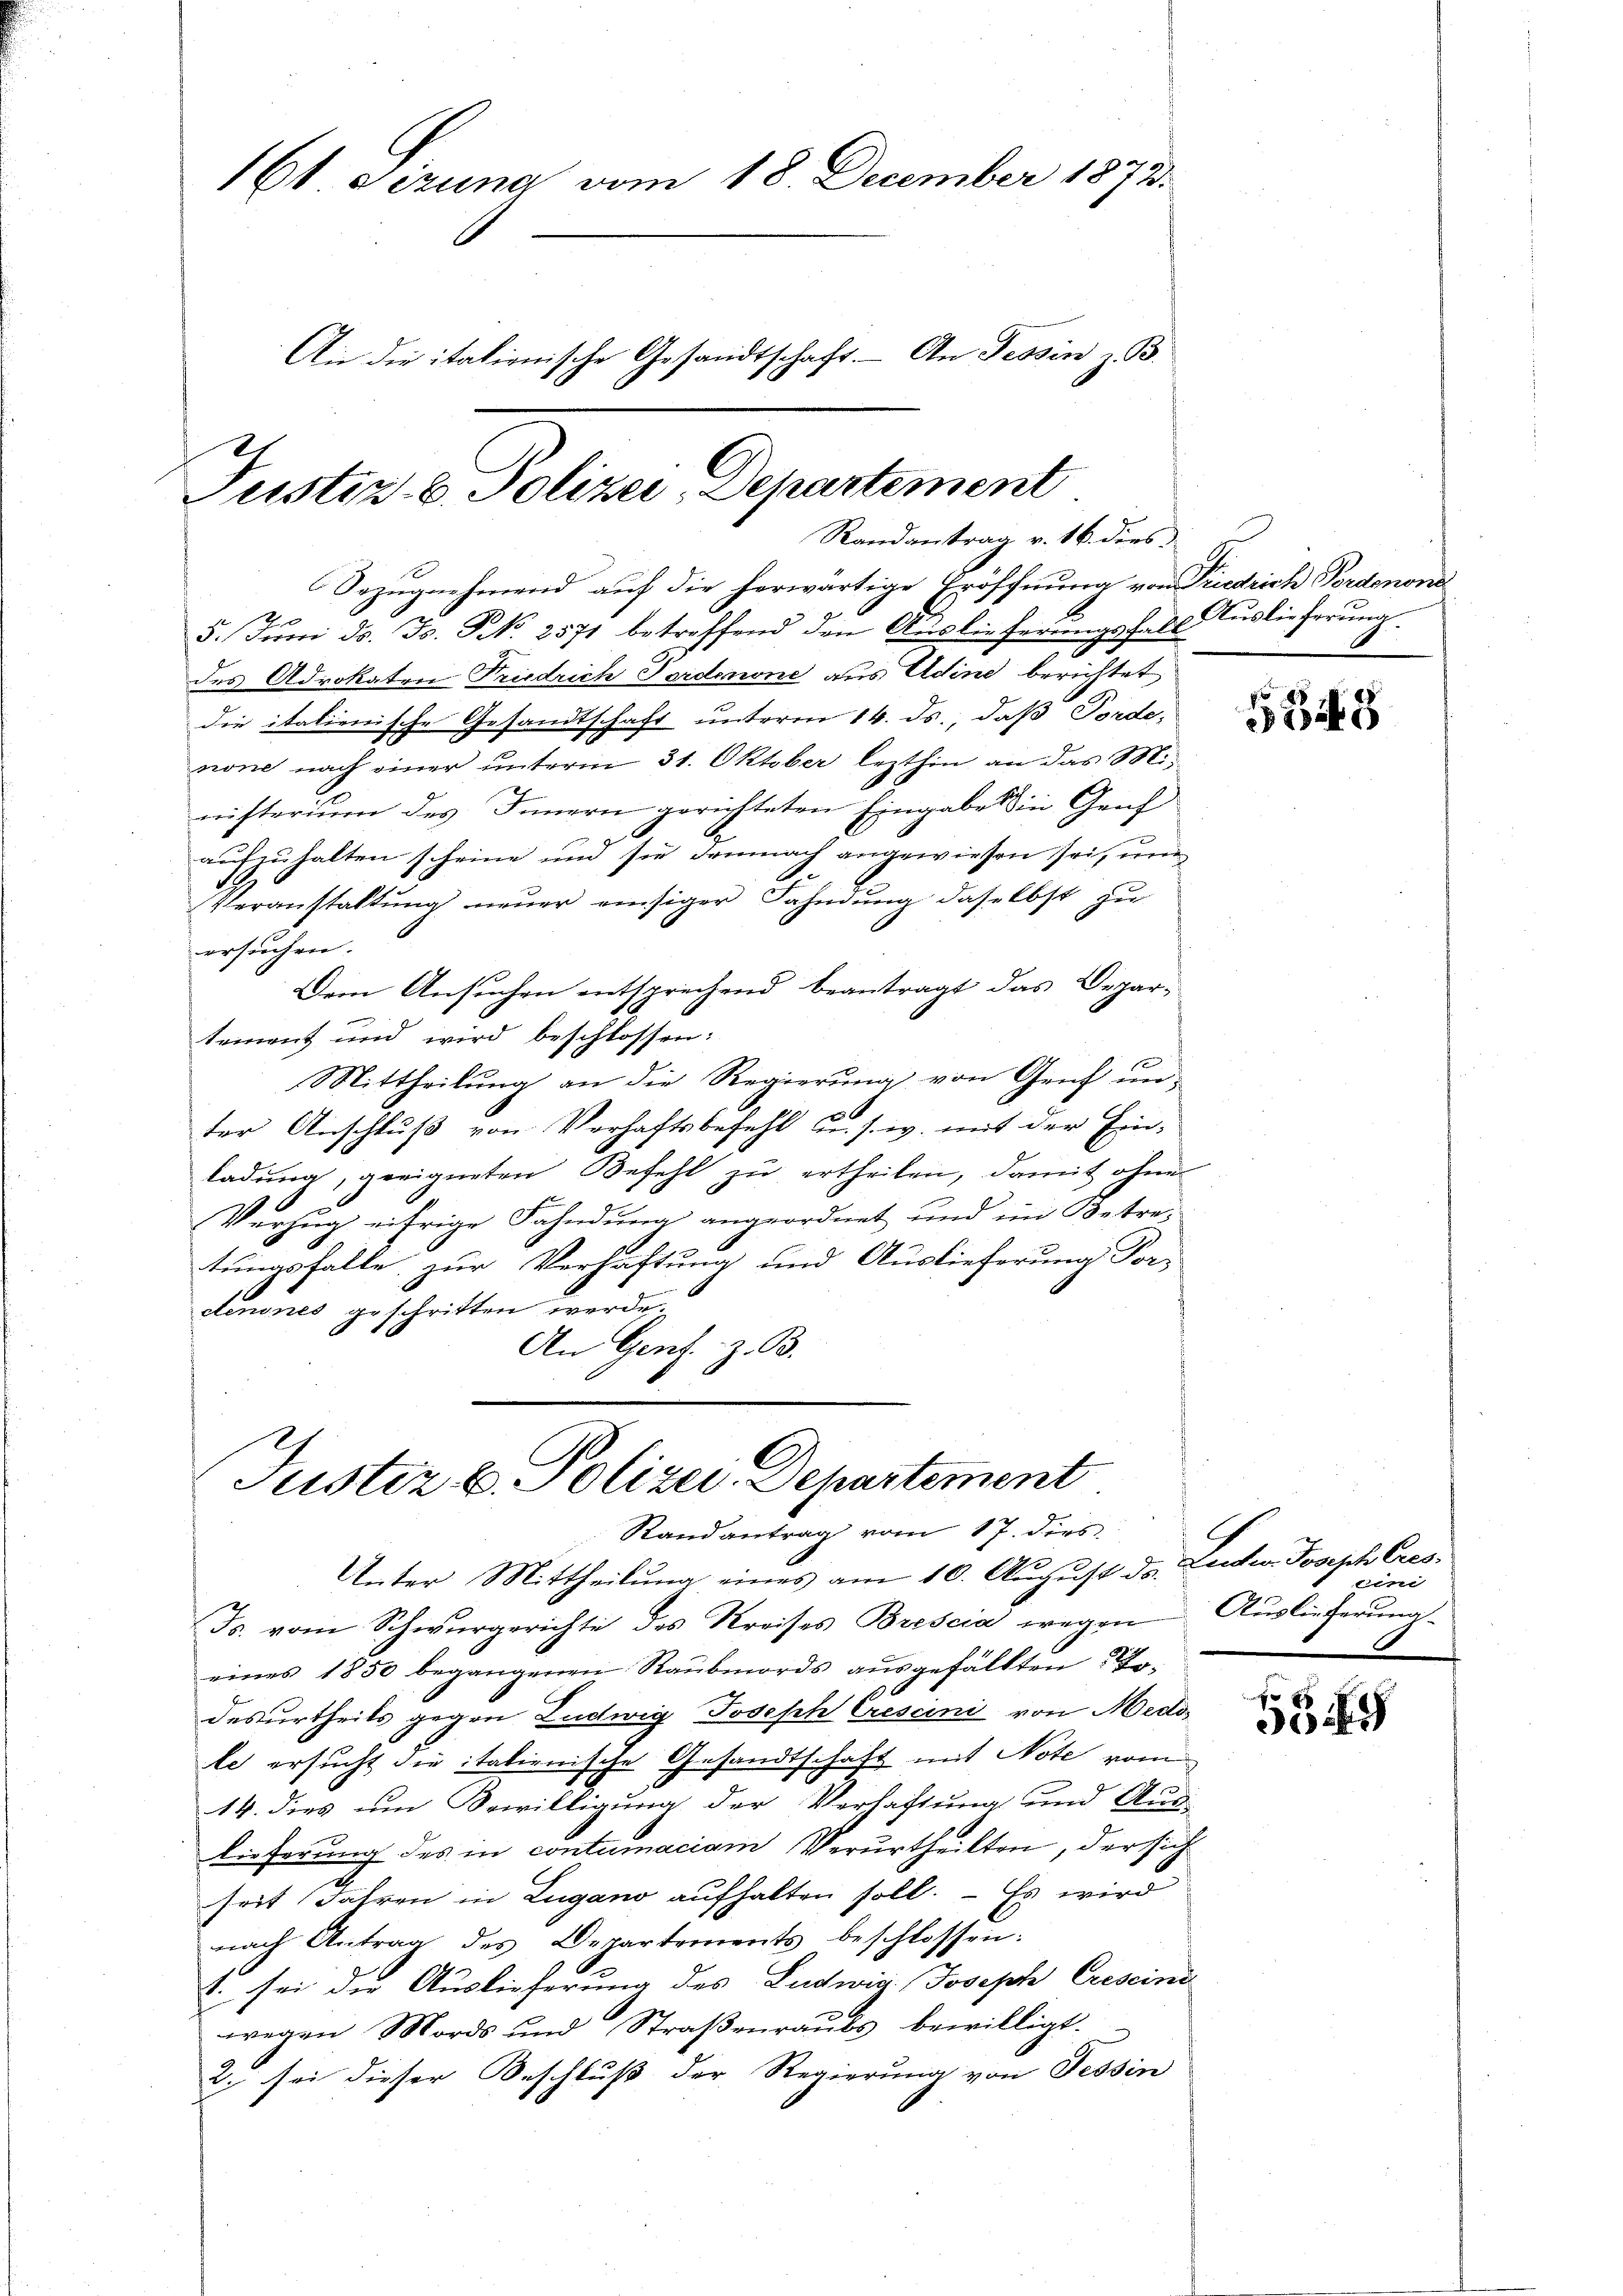
161 sizung vom 18. December 1873.
An die itationische Gesandtschaft. An Tessin z. B.

Bezugnehmend auf die herwärtige Eröffnung von Piedrich Fordenone
5. Juni ds. Fs. NNo. 2571 betreffend den Auslieferungsfall Auslieferung.
des Advokaten Friedrich Fordenone aus Adine berichtet
die italienische Gesandtschaft unterm 14. ds., daß Torde-
none nach einer unterm 31. Oktober lezthin an das Misnisterium des Innern gerichteten Eingabe in Genf
aufzuhalten scheine und sie demnach angewiesen sei, um
.
Veranstaltŭng neŭer einsiger Fahndŭng daselbst zu
ersuchen.
Dem Ansuchen entsprechend beantragt das Depar-
tement und wird beschlossen:
Mittheilung an die Regierung von Genf un-
ter Anschluß von Verhaftsbefehl u. s. w. mit der Ein-
ladung, geeigneten Befehl zu ertheilen, damit ohne
Verzug eifrige Fahndung angeordnet und im Betretungsfalle zur Verhaftung und Auslieferung Vor-
denones geschritten werde.
An Gens. z. B.

Justiz. B. Polizei, Departement
Randantrag v. 16. dies

Justiz & Polizei-Departement
Randantrag vom 17. dies

Unter Mittheilŭng eines am 10. August ds. Ludw. Joseph Cres-
Js. vom Schwurgerichte des Kreises Brescia wegen
eines 1850 begangenen Raubmords aŭsgefällten Er-
desurtheils gegen Ludwig Joseph Crescini von Medos
le ersucht die itationische Gesandtschaft mit Note vom
14. dies um Bewilligung der Verhaftung und Aus-
lieferung des in contumaciam Verurtheilten, der sich
seit Jahren in Lugano aufhalten soll. – Es wird
nach Antrag des Departements beschlossen:
8. sei die Auslieferung des Ludwig Joseph Crescini
wegen Mords und Straßenraubs bewilligt.
2. sei dieser Beschluß der Regierung von Tessin

1349

eini
Auslieferung

5349